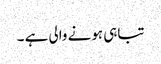
تباہی ہونے والی ہے ۔